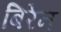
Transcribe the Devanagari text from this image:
बिरेन